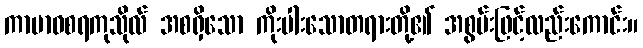
ကာမာဝစရကုသိုလ် အစရှိသော ကိုးပါးသောတရားတို့၏ အစွမ်းဖြင့်လည်းကောင်း။